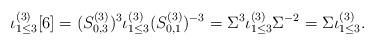
LaTeX: \begin{align*}\iota_{1\leq 3}^{(3)}[6]=(S^{(3)}_{0,3})^{3}\iota_{1\leq 3}^{(3)}(S^{(3)}_{0,1})^{-3}=\Sigma^3\iota_{1\leq 3}^{(3)}\Sigma^{-2}=\Sigma\iota_{1\leq 3}^{(3)}.\end{align*}